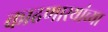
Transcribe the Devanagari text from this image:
काढणारयांच्या